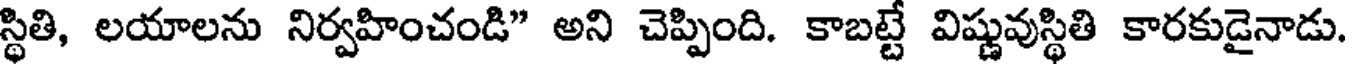
స్థితి, లయాలను నిర్వహించండి" అని చెప్పింది. కాబట్టే విష్ణువుస్థితి కారకుడైనాడు.